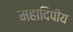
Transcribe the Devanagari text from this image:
महादिपीय